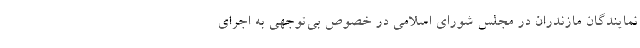
نمایندگان مازندران در مجلس شورای اسلامی در خصوص بی‌توجهی به اجرای